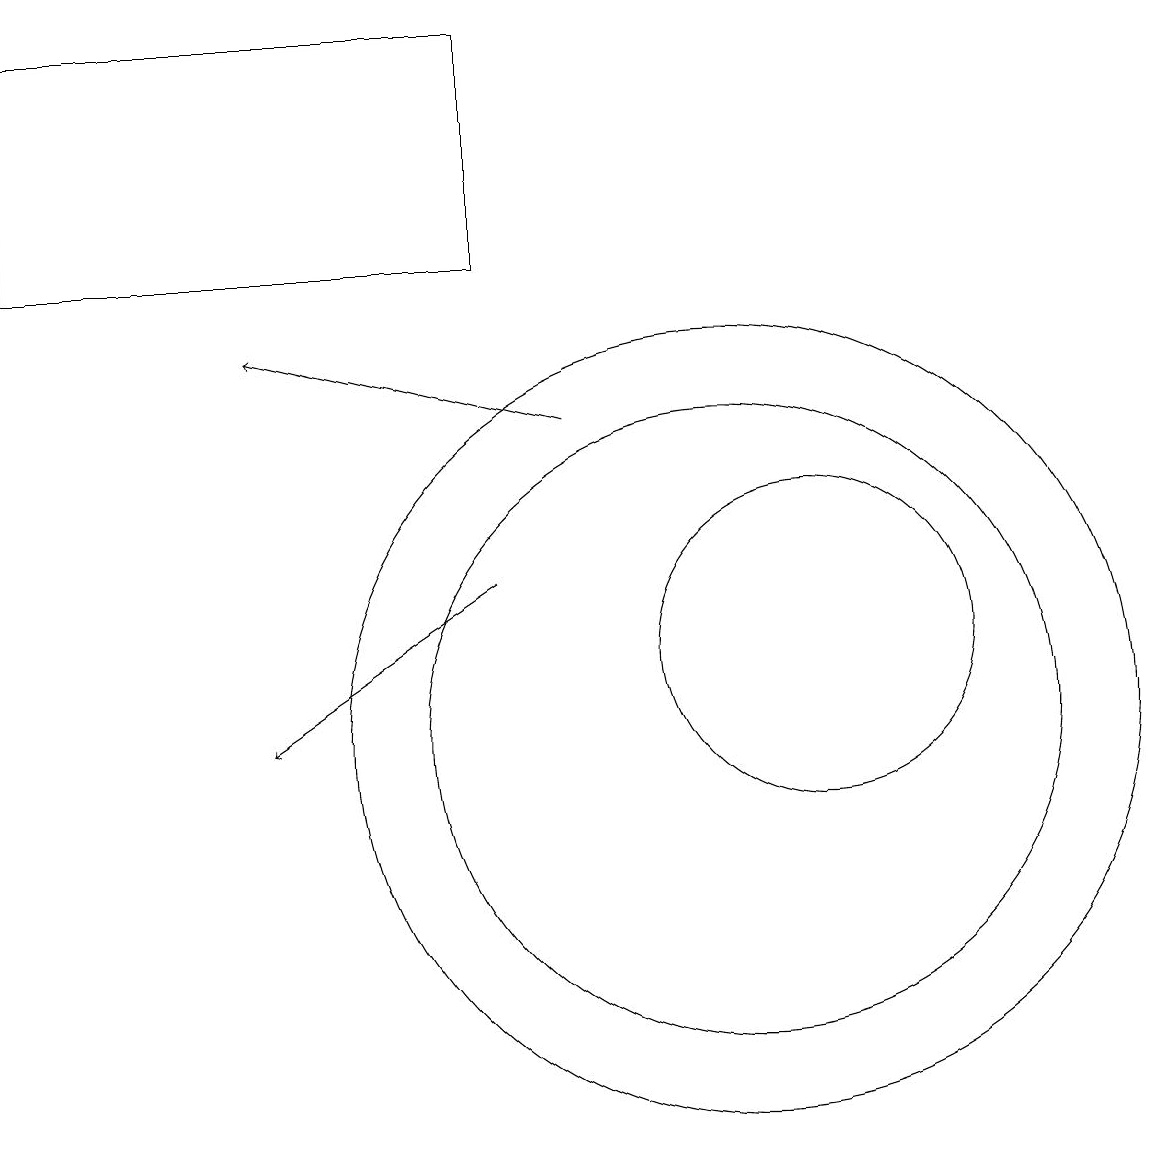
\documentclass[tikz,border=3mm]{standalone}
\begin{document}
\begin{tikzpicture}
\draw[->] (7,12) -- (4,10);
\draw (10,10) circle (5);
\draw (11,11) circle (2);
\draw (10,10) circle (4);
\draw (1,19) rectangle (7,16);
\draw[->] (8,14) -- (4,15);
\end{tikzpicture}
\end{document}